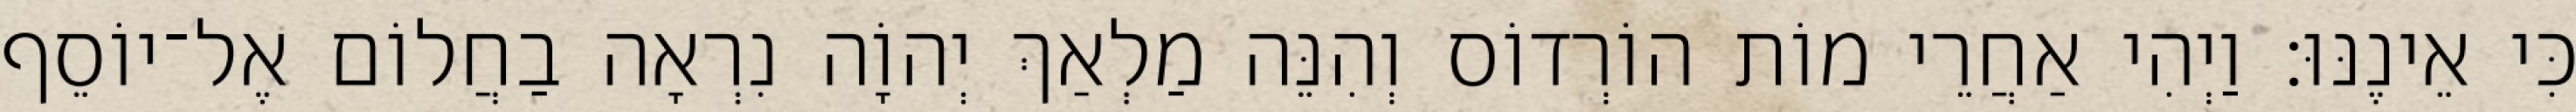
כִּי אֵינֶנּוּ׃ וַיְהִי אַחֲרֵי מוֹת הוֹרְדוֹס וְהִנֵּה מַלְאַךְ יְהוָֹה נִרְאָה בַחֲלוֹם אֶל־יוֹסֵף